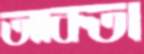
আকতা